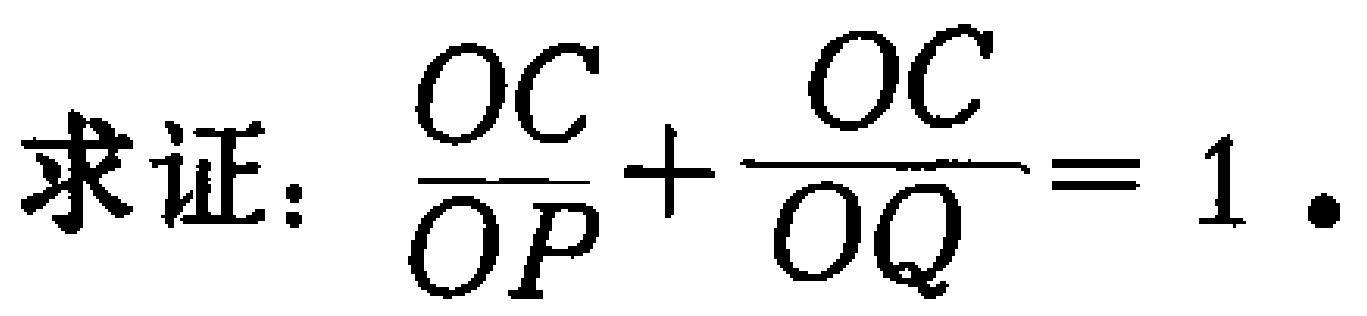
求证：$\frac{OC}{OP}+\frac{OC}{OQ}=1.$